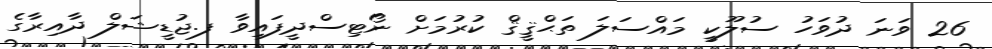
26 ވަނަ ދުވަހު ސުލޫކީ މައްސަލަ ތަޙްޤީޤް ކުރުމަށް ނޯޓިސްދީފައިވާ ފ.ޖުޑީޝަލް ދާއިރާގެ